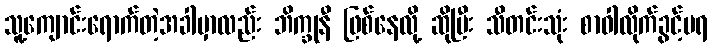
သူ့ကျောင်းရောက်တဲ့အခါမှာလည်း ဘိက္ခုနီ ဖြစ်နေလို့ ဆိုပြီး သီတင်းသုံး စာဝါလိုက်ခွင့်မရ